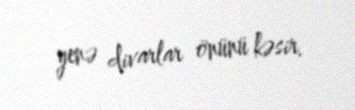
yenə divarlar önünü kəsir.